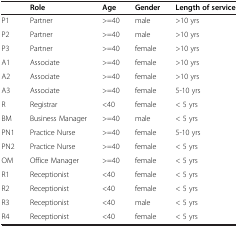
|  | Role | Age | Gender | Length of service |
 | --- | --- | --- | --- | --- |
 | P1 | Partner | >=40 | male | >10 yrs |
 | P2 | Partner | >=40 | male | >10 yrs |
 | P3 | Partner | >=40 | female | >10 yrs |
 | A1 | Associate | >=40 | female | >10 yrs |
 | A2 | Associate | >=40 | female | >10 yrs |
 | A3 | Associate | >=40 | female | 5-10 yrs |
 | R | Registrar | <40 | female | < 5 yrs |
 | BM | Business Manager | >=40 | male | < 5 yrs |
 | PN1 | Practice Nurse | >=40 | female | 5-10 yrs |
 | PN2 | Practice Nurse | >=40 | female | < 5 yrs |
 | OM | Office Manager | >=40 | female | < 5 yrs |
 | R1 | Receptionist | <40 | female | < 5 yrs |
 | R2 | Receptionist | <40 | female | < 5 yrs |
 | R3 | Receptionist | <40 | male | < 5 yrs |
 | R4 | Receptionist | <40 | female | < 5 yrs |